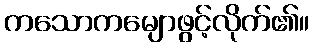
ကသောကမျောဖွင့်လိုက်၏။